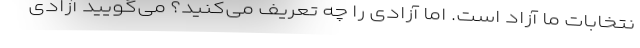
نتخابات ما آزاد است. اما آزادی را چه تعریف می‌کنید؟ می‌گویید آزادی